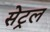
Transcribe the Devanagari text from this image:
सेट्रल